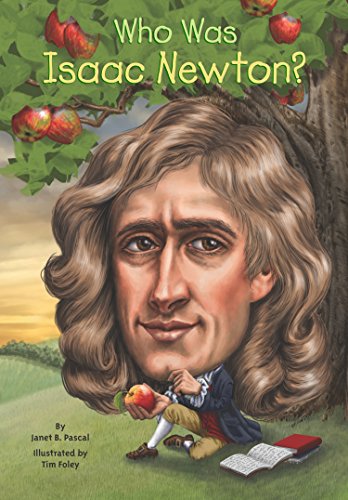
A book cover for Who Was Isaac Newton?; Janet Pascal; Children's Books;